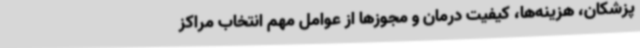
پزشکان، هزینه‌ها، کیفیت درمان و مجوزها از عوامل مهم انتخاب مراکز